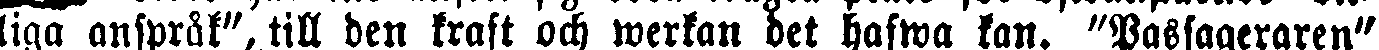
liga anspråk", till den kraft och werkan det hafwa kan. "Passageraren"